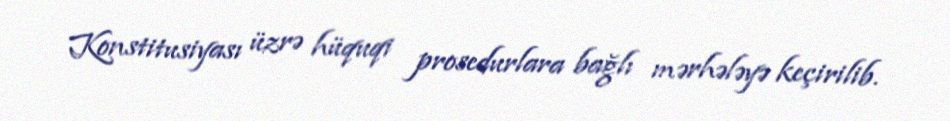
Konstitusiyası üzrə hüquqi prosedurlara bağlı mərhələyə keçirilib.